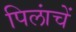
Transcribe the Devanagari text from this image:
पिलांचें